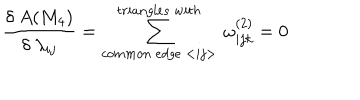
\frac { \delta ~ A ( M _ { 4 } ) } { \delta ~ \lambda _ { i j } } = \sum _ { c o m m o n ~ e d g e ~ < i j > } ^ { t r i a n g l e s ~ w i t h } ~ \omega _ { i j k } ^ { ( 2 ) } = 0